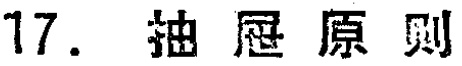
17. 抽屉原则